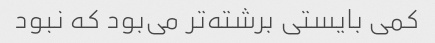
کمی بایستی برشته‌تر می‌بود که نبود